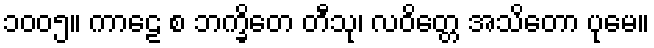
၁၀၀၅။ ကာဠေ စ ဘက္ခိတေ တီသု၊ လဝိတ္တေ အသိတော ပုမေ။